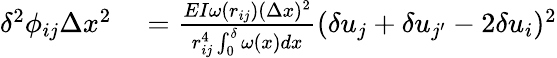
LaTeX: \begin{array}{rl}{\delta^{2}\phi_{ij}\Delta x^{2}}&{{}=\frac{EI\omega(r_{ij})(\Delta x)^{2}}{r_{ij}^{4}\int_{0}^{\delta}\omega(x)dx}(\delta u_{j}+\delta u_{j^{\prime}}-2\delta u_{i})^{2}}\end{array}